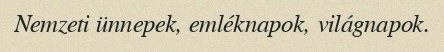
Nemzeti ünnepek, emléknapok, világnapok.